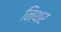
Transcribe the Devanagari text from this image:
निथर